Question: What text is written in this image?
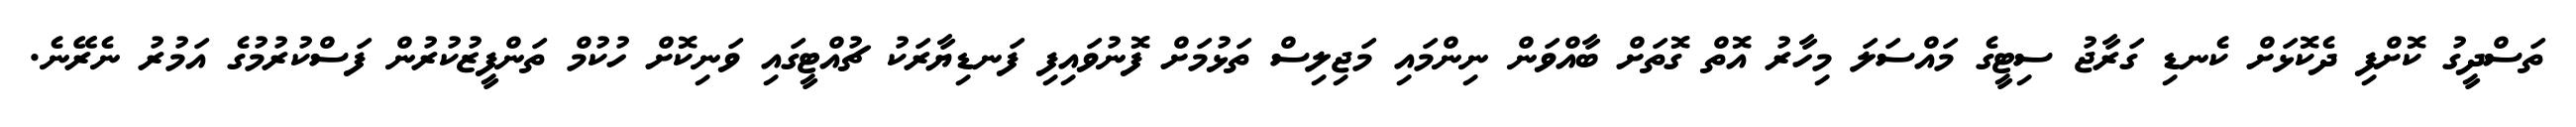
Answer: ތަސްދީގު ކޮށްފި ދެކޮޅަށް ކެނޑި ގަރާޖު ސިޓީގެ މައްސަލަ މިހާރު އޮތް ގޮތަށް ބާއްވަން ނިންމައި މަޖިލިސް ތަޅުމަށް ފޮނުވައިފި ފަނޑިޔާރަކު ޗުއްޓީގައި ވަނިކޮށް ހުކުމް ތަންފީޒުކުރުން ފަސްކުރުމުގެ އަމުރު ނެރޭނެ.